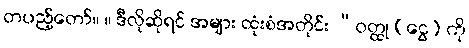
တပည့်တော်။ ။ ဒီလိုဆိုရင် အများ ထုံးစံအတိုင်း “ဝတ္ထု (ငွေ) ကို